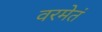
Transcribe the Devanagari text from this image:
वरमेतं